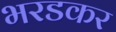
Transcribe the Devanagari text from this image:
भरडकर